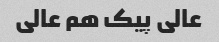
عالی پیک هم عالی